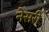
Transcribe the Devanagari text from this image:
नेसरी